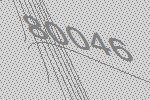
80046